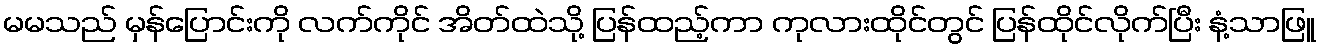
မမသည် မှန်ပြောင်းကို လက်ကိုင် အိတ်ထဲသို့ ပြန်ထည့်ကာ ကုလားထိုင်တွင် ပြန်ထိုင်လိုက်ပြီး နံ့သာဖြူ